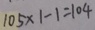
1 0 5 \times 1 - 1 = 1 0 4